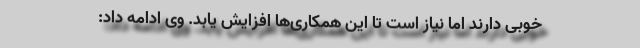
خوبی دارند اما نیاز است تا این همکاری‌ها افزایش یابد. وی ادامه داد: